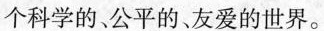
个科学的。公平的，友爱的世界。